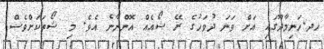
ހދ.ހަނިމާދޫގައި އަށް ވަނަ ދުވަހުގެ ރޭ ޝޯއެއް އޮންނާނެ އެވެ. މި ޝޯތަކަށްވެސް